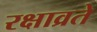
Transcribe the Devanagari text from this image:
रक्षाव्रते